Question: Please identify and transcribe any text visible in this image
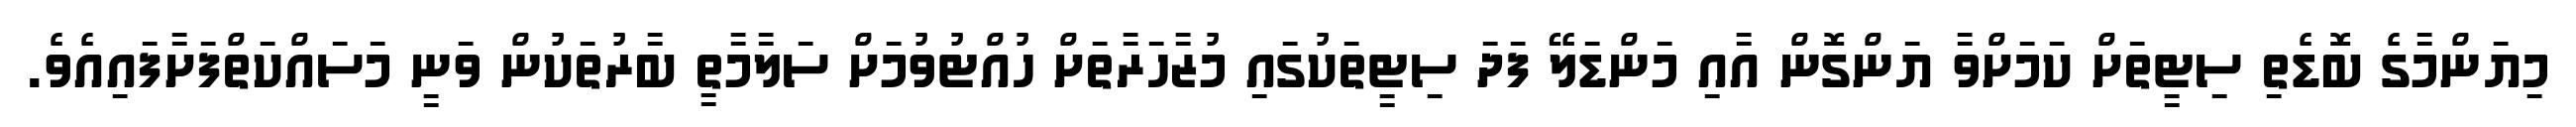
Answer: މިޔަންމާގެ ބޮޑެތި ސިޓީތަށް ކަމަށްވާ ޔަންގޮން އާއި މަންޑަލޭ ފަދަ ސިޓީތަކުގައި މުޒާހަރާތަށް ހުއްޓުވުމަށް ސަލާމާތީ ބާރުތަކުން ވަނީ މަސައްކަތްފަށާފައިއެވެ.